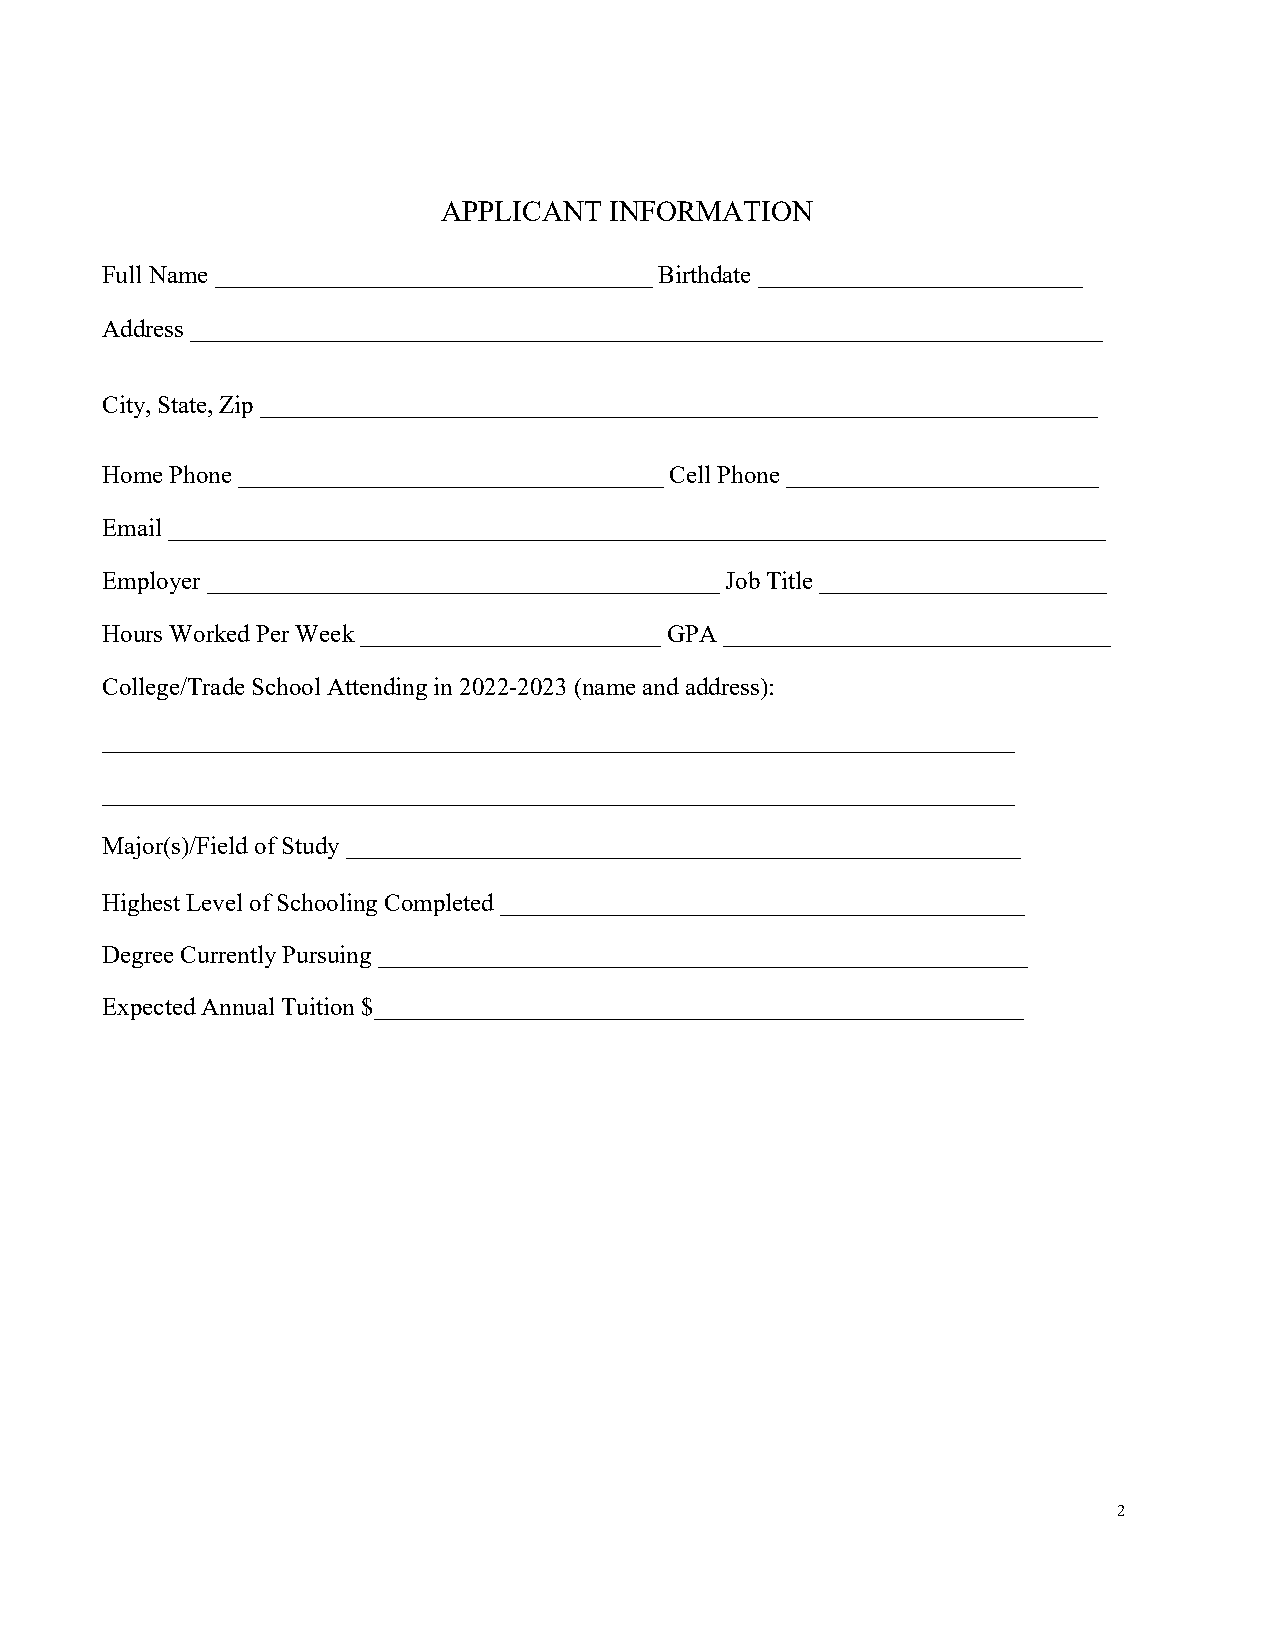
APPLICANT  INFORMATION
 Full Name ___________________________________ Birthdate __________________________
 Address _________________________________________________________________________
 City, State, Zip ___________________________________________________________________
 Home Phone __________________________________ Cell Phone _________________________
 Email ___________________________________________________________________________
 Employer _________________________________________ Job Title _______________________
 Hours Worked Per Week ________________________ GPA _______________________________
 College/Trade School Attending in 2022-2023 (name and address):
 _________________________________________________________________________
 _________________________________________________________________________
 Major(s)/Field of Study ______________________________________________________
 Highest Level of Schooling Completed __________________________________________
 Degree Currently Pursuing ____________________________________________________
 Expected Annual Tuition $____________________________________________________
 2